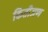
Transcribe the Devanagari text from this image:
कितीजण